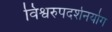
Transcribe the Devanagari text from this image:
विश्वरुपदर्शनयोग